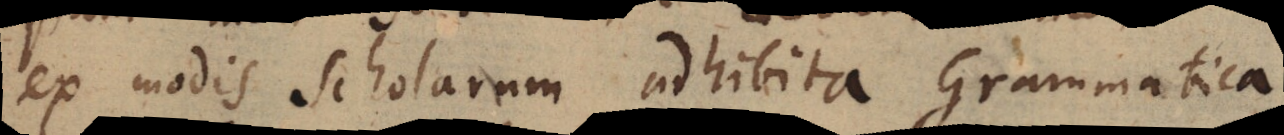
ex modis scholarum adhibita Grammatica